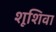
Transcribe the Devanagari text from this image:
शूशिवा